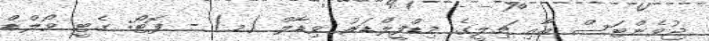
ޖުވެންޓަސް އާއި ޗިލީގެ މިޑްފީލްޑަރު ވިޑާލް (މ) - ފޮޓޯ: ގެޓީ ވޯލްޑް